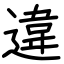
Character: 違